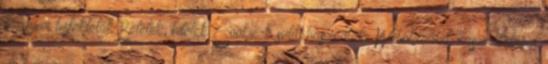
magyar befektetők Betétek, hitelek Cookie-k sütik használata Weboldalunk használatával